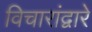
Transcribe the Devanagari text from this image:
विचारांद्वारे